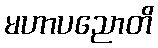
မဟာပညောတိ